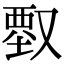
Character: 𠭱